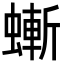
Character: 螹